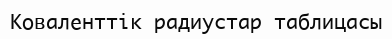
Коваленттік радиустар таблицасы